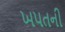
ખપતની